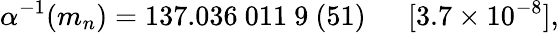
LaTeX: \alpha^{-1}(m_{n})=137.036~011~9~(51)~~~~~~[3.7\times 10^{-8}],